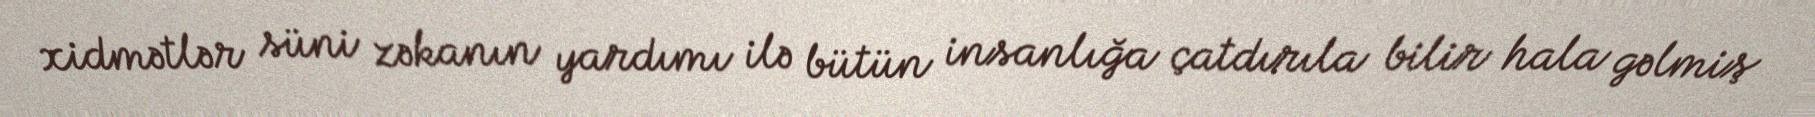
xidmətlər süni zəkanın yardımı ilə bütün insanlığa çatdırıla bilir hala gəlmiş